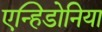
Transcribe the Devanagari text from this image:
एन्हिडोनिया